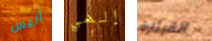
أليس إلهي القيثارة